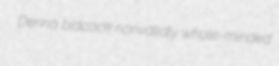
Derina bidcock nonvalidly whole-minded